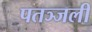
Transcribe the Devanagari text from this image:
पतञ्जली